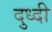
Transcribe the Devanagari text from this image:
दुध्दी